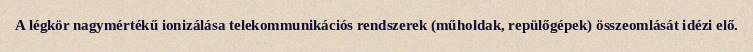
A légkör nagymértékű ionizálása telekommunikációs rendszerek (műholdak, repülőgépek) összeomlását idézi elő.